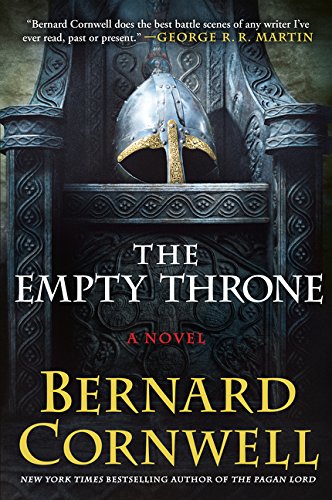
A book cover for The Empty Throne: A Novel (Saxon Tales); Bernard Cornwell; Literature & Fiction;